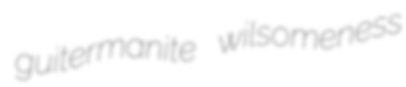
guitermanite wilsomeness